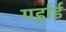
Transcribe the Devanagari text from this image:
गर्हार्ड